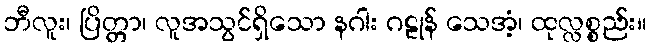
ဘီလူး၊ ပြိတ္တာ၊ လူအသွင်ရှိသော နဂါး ဂဠုန် သေအံ့၊ ထုလ္လစ္စည်း။